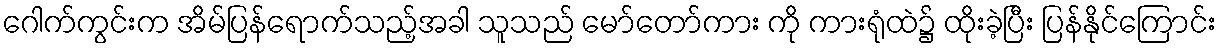
ဂေါက်ကွင်းက အိမ်ပြန်ရောက်သည့်အခါ သူသည် မော်တော်ကား ကို ကားရုံထဲ၌ ထိုးခဲ့ပြီး ပြန်နိုင်ကြောင်း